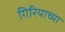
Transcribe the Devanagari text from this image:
गिरियाच्या